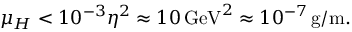
\mu _ { H } < 1 0 ^ { - 3 } \eta ^ { 2 } \approx 1 0 \, \mathrm { G e V } ^ { 2 } \approx 1 0 ^ { - 7 } \, \mathrm { g / m } .